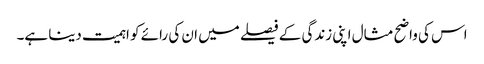
اس کی واضح مثال اپنی زندگی کے فیصلے میں ان کی رائے کو اہمیت دینا ہے۔